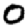
Digit: 0